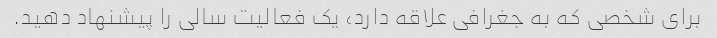
برای شخصی که به جغرافی علاقه دارد، یک فعالیت سالی را پیشنهاد دهید.